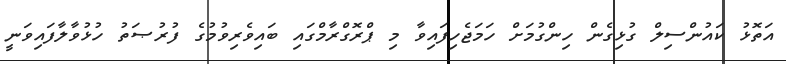
އަތޮޅު ކައުންސިލް ގުޅިގެން ހިންގުމަށް ހަމަޖެހިފައިވާ މި ޕްރޮގްރާމްގައި ބައިވެރިވުމުގެ ފުރުޞަތު ހުޅުވާލާފައިވަނީ